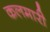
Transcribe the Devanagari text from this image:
कलमारी